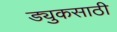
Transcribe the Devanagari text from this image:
ड्युकसाठी